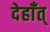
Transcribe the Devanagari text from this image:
देहाँत्